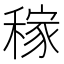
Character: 稼